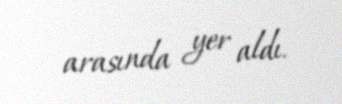
arasında yer aldı.